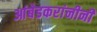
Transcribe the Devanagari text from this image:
आंबेडकरांनीनी